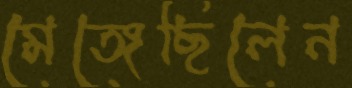
মেঙ্গেছিলেন